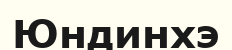
Юндинхэ